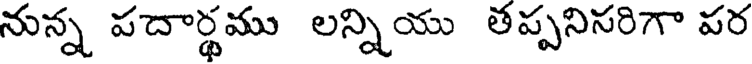
నున్న పదార్థము లన్నియు తప్పనిసరిగా పర